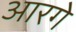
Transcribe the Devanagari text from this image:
आरगे